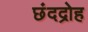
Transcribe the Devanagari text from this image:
छंदद्रोह